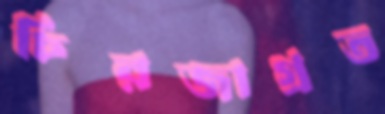
চিরজাগ্রত